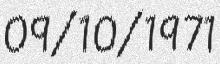
09/10/1971